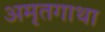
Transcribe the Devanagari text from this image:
अमृतगाथा